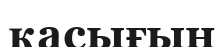
қасығын